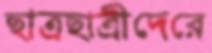
ছাত্রছাত্রীদেরে